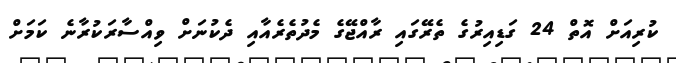
ކުރިއަށް އޮތް 24 ގަޑިއިރުގެ ތެރޭގައި ރާއްޖޭގެ މެދުތެރެއާއި ދެކުނަށް ވިއްސާރަކުރާނެ ކަމަށް